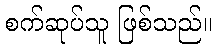
စက်ဆုပ်သူ ဖြစ်သည်။